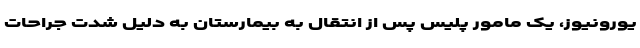
یورونیوز، یک مامور پلیس پس از انتقال به بیمارستان به دلیل شدت جراحات